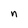
Character: n